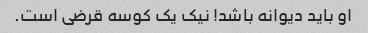
او باید دیوانه باشد! نیک یک کوسه قرضی است.